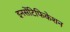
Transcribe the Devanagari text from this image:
इनसेंटिफिकेशन